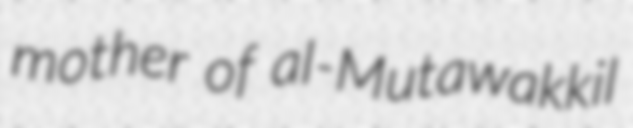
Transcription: mother of al-Mutawakkil